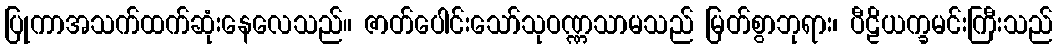
ပြုကာအသက်ထက်ဆုံးနေလေသည်။ ဇာတ်ပေါင်းသော်သုဝဏ္ဏသာမသည် မြတ်စွာဘုရား၊ ပီဠိယက္ခမင်းကြီးသည်